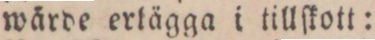
wärde erlägga i tillſkott: